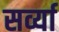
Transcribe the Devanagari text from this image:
सर्व्या